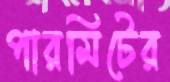
পারমিটের